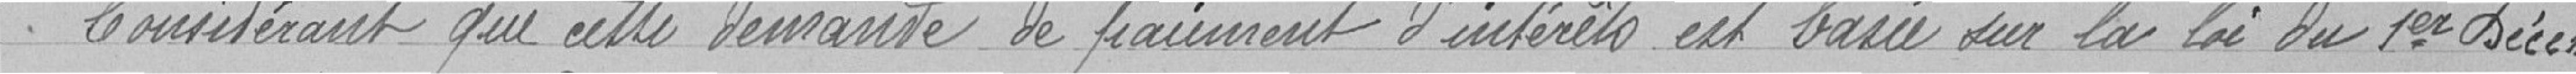
Considérant que cette demande de paiement d'intérêts est basée sur la loi du 1er décembre